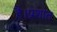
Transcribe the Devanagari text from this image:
है।प्रशांत